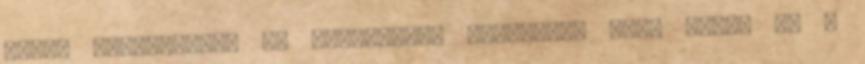
atyám megdorgált, és példaképül állította elém Emmát és a